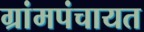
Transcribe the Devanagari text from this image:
ग्रांमपंचायत